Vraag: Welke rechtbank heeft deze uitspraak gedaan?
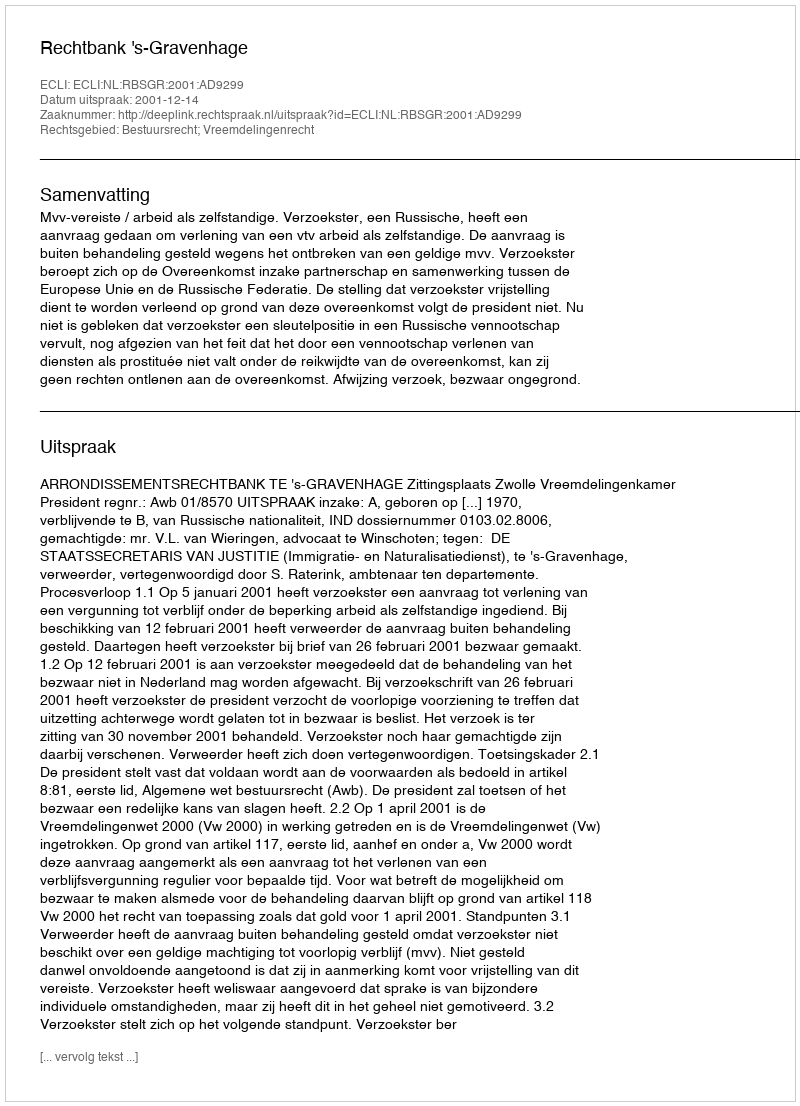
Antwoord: Rechtbank 's-Gravenhage